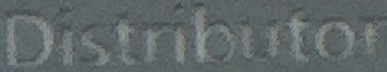
Distributoi